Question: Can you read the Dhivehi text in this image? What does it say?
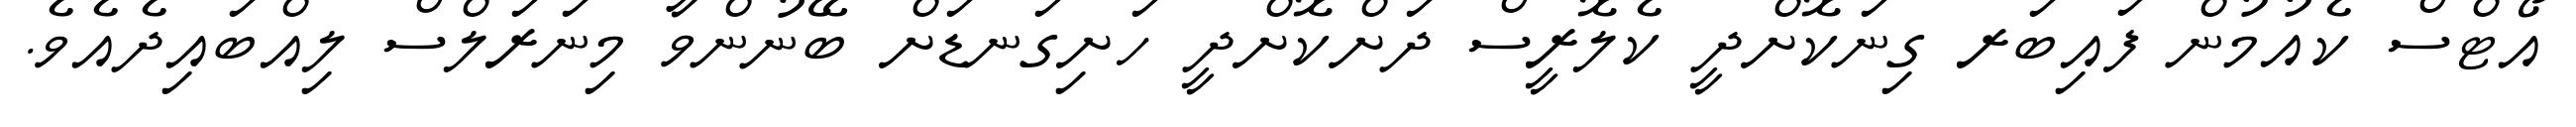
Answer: އޯޓްސް ކެއުމުން ފައިބަރ ގިނަކޮށްދީ ކެލޮރީސް ދަށްކޮށްދީ ހަށިގަނޑަށް ބޭނުންވާ މިނަރަލްސް ލިއްބައިދެއެވެ.